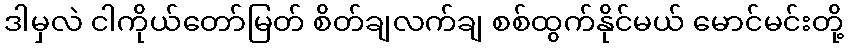
ဒါမှလဲ ငါကိုယ်တော်မြတ် စိတ်ချလက်ချ စစ်ထွက်နိုင်မယ် မောင်မင်းတို့